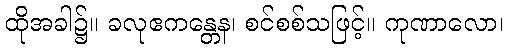
ထိုအခါ၌။ ခလုဧကန္တေန၊ စင်စစ်သဖြင့်။ ကုဏာလော၊